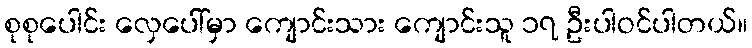
စုစုပေါင်း လှေပေါ်မှာ ကျောင်းသား ကျောင်းသူ ၁၇ ဦးပါဝင်ပါတယ်။